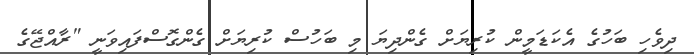
ދިވެހި ބަހުގެ އެކަޑަމީން ކުރިޔަށް ގެންދިޔަ މި ބަހުސް ކުރިޔަށް ގެންގޮސްފައިވަނީ "ރާއްޖޭގެ